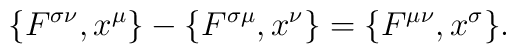
\{F^{\sigma\nu},x^\mu\} - \{F^{\sigma\mu},x^\nu\} = \{F^{\mu\nu},x^\sigma\}.